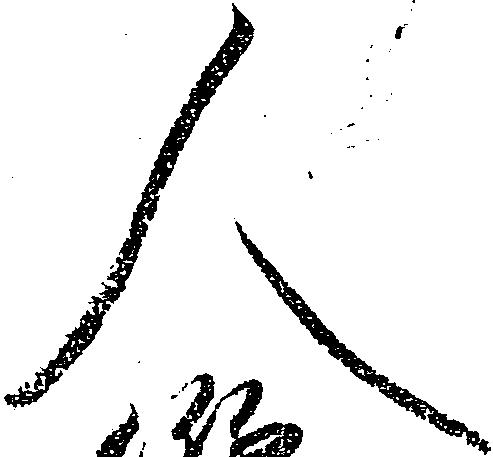
人